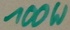
Text: 100W